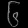
Digit: ၆